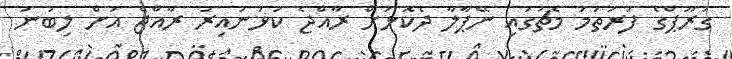
ގުރޫޕްގެ ފުރަތަމަ މެޗުގައި ނޭޕާލާ ދެކޮޅަށް ރާއްޖެ ކުޅުނުއިރު ރާއްޖެ އަށް ލިބުނު